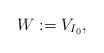
LaTeX: \begin{align*} W:= V_{I_0},\end{align*}